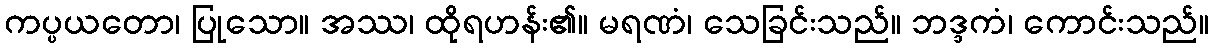
ကပ္ပယတော၊ ပြုသော။ အဿ၊ ထိုရဟန်း၏။ မရဏံ၊ သေခြင်းသည်။ ဘဒ္ဒကံ၊ ကောင်းသည်။